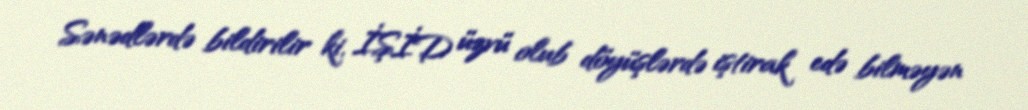
Sənədlərdə bildirilir ki, İŞİD üzvü olub döyüşlərdə iştirak edə bilməyən